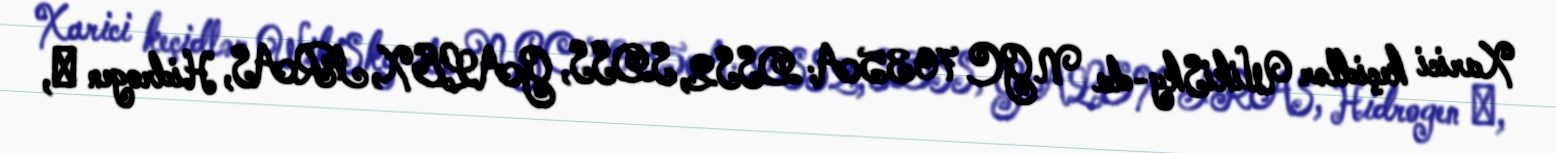
Xarici keçidlər WikiSky-da NGC 7035A: DSS2, SDSS, GALEX, IRAS, Hidrogen α,